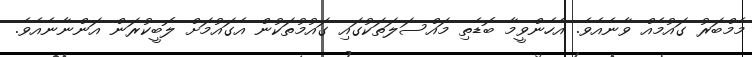
މެމްބަރު ގައުމެއް ވާނެއެވެ. އެހެންވީމާ ބޮޑެތި މައްސަލަތަކުގައި ގައުމުތަކުން އެގައުމަށް ލޮބީކުރަން އަންނާނެއެވެ.